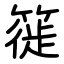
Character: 簁